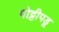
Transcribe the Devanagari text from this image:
पोट्टीपडू